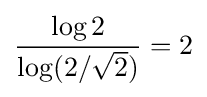
{\frac {\log 2}{\log(2/{\sqrt {2}})}}=2